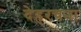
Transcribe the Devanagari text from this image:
देहरचना